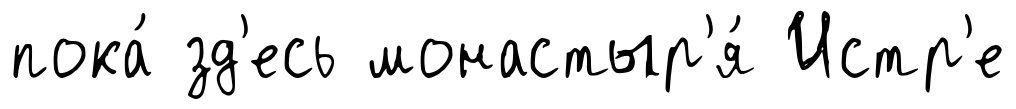
пока́ зд'есь монастыр'я́ Истр'е